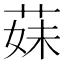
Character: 𦳀